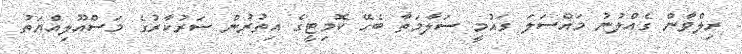
ރިލްވާން ގެއްލުނު މައްސަލަ ގައުމީ ސަލާމަތާ ބެހޭ ކޮމިޓީގެ އިތުރުން ސަރުކާރުގެ މަސްއޫލިއްޔަތު